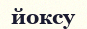
йоксу